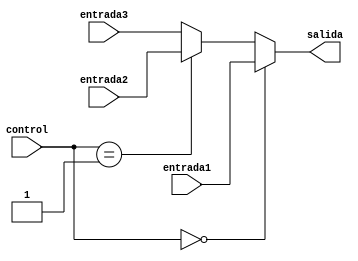
module Mux3(
    input wire [31: 0] entrada1, // Puede ser el data1
    input wire [31: 0] entrada2, // Puede ser el data2
    input wire [31: 0] entrada3,    
    input wire [1:0] control,  // Seal de seleccin (2 bits)
    output wire [31:0] salida  // Salida del MUX
);

assign salida = (control == 2'b00) ? entrada1 :
             (control == 2'b01) ? entrada2 : entrada3; // Salida alta impedancia en caso de que sel sea 2'b11

endmodule